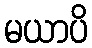
မယာပိ